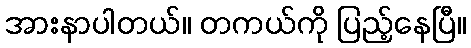
အားနာပါတယ်။ တကယ်ကို ပြည့်နေပြီ။